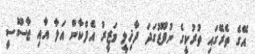
އޭގެ ތެރޭގައި ތުރުކީގެ ނުފޫޒުގަދަ ދާޚިލީ ވަޒީރު އެފްކާން އަލާ އާއި ޖާސޫސީ